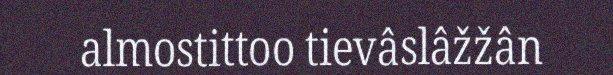
almostittoo tievâslâžžân